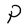
Character: P